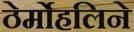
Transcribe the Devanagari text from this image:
ठेर्मोहलिने